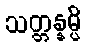
သတ္တန္နမ္ပိ